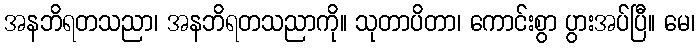
အနဘိရတသညာ၊ အနဘိရတသညာကို။ သုတာပိတာ၊ ကောင်းစွာ ပွားအပ်ပြီ။ မေ၊